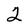
Character: 2